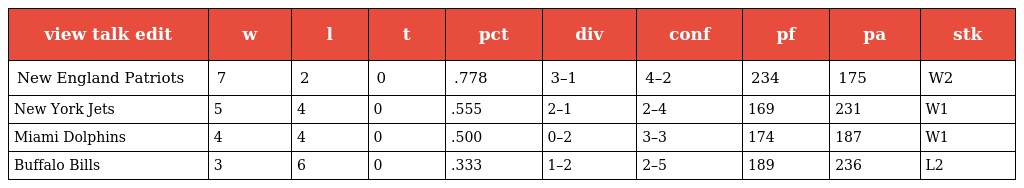
| view talk edit | w | l | t | pct | div | conf | pf | pa | stk |
 | --- | --- | --- | --- | --- | --- | --- | --- | --- | --- |
 | New England Patriots | 7 | 2 | 0 | .778 | 3–1 | 4–2 | 234 | 175 | W2 |
 | New York Jets | 5 | 4 | 0 | .555 | 2–1 | 2–4 | 169 | 231 | W1 |
 | Miami Dolphins | 4 | 4 | 0 | .500 | 0–2 | 3–3 | 174 | 187 | W1 |
 | Buffalo Bills | 3 | 6 | 0 | .333 | 1–2 | 2–5 | 189 | 236 | L2 |